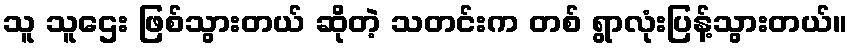
သူ သူဌေး ဖြစ်သွားတယ် ဆိုတဲ့ သတင်းက တစ် ရွာလုံးပြန့်သွားတယ်။